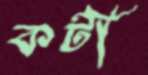
কটী